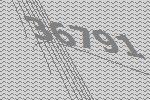
36791